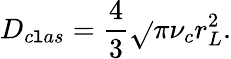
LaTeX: D_{c\mathtt{l}as}=\frac{{4}}{{3}}\sqrt{}{{\pi}}\nu_{c}r_{L}^{2}.